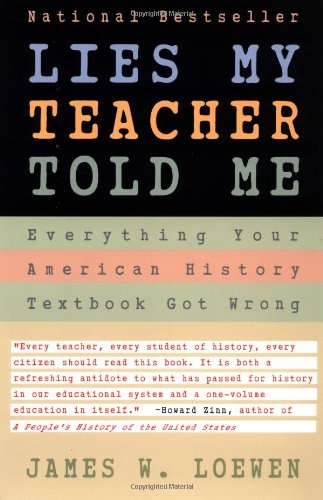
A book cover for Lies My Teacher Told Me : Everything Your American History Textbook Got Wrong; James W. Loewen; History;